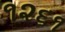
૧૨૬૧